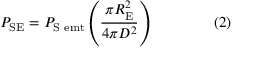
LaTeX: P _ { \mathrm { { S E } } } = P _ { \mathrm { { S \ e m t } } } \left( { \frac { \pi R _ { \mathrm { { E } } } ^ { 2 } } { 4 \pi D ^ { 2 } } } \right) \qquad \qquad ( 2 )